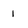
Character: 1